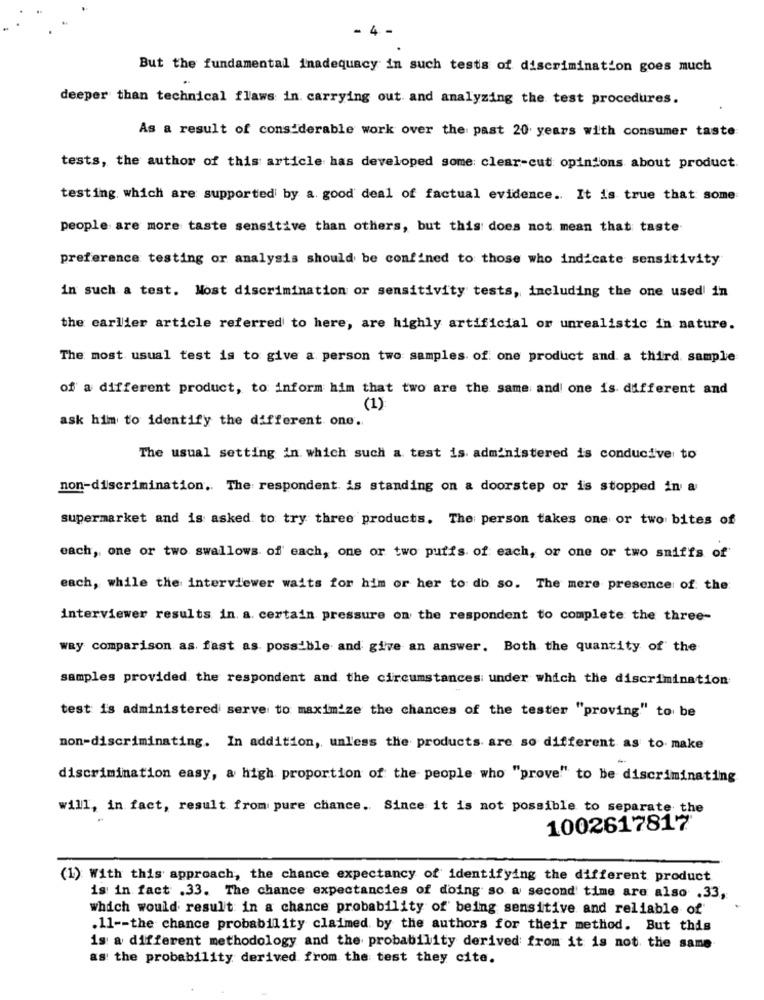
- 4 -
But the fundamental inadequacy in such tests of discrimination goes much
deeper than technical flaws in carrying out and analyzing the test procedures.
As a result of considerable work over the past 20 years with consumer taste
tests, the author of this article has developed some clear-cut opinions about product.
testing, which are supported by a good deal of factual evidence. It is true that some
people are more taste sensitive than others, but this does not mean that taste
preference testing or analysis should be confined to those who indicate sensitivity
in such a test. Most discrimination or sensitivity tests, including the one used in
the carlier article referred to here, are highly artificial or unrealistic in nature.
The most usual test is to give a person two: samples of one product and a third sample
of a different product, to inform him that two are the same and one is different and
(1)
ask him to identify the different one.
The usual setting in which such a test is administered is conducive to
non-discrimination. The respondent is standing on a doorstep or is stopped in a
supermarket and is asked to try three products. The person takes one or two bites of
each, one or two swallows of each, one or two puffs of each, or one or two sniffs of
each, while the interviewer waits for him or her to do so. The mere presence of the:
interviewer results in a. certain pressure on the respondent to complete the three-
way comparison as fast as possible and give an answer. Both the quantity of the
samples provided the respondent and the circumstances under which the discrimination
test is administered serve to maximize the chances of the tester "proving" to be
non-discriminating. In addition, unless the products are so different as to make
discrimination easy, a high proportion of the people who "prove" to be discriminating
will, in fact, result from pure chance. Since it is not possible to separate the
1002617817
(1) With this approach, the chance expectancy of identifying the different product
is in fact .33. The chance expectancies of doing so a second time are also .33,
which would result in a chance probability of being sensitive and reliable of
.11 -- the chance probability claimed by the authors for their method. But this
is a different methodology and the probability derived from it is not the same
as the probability derived from the test they cite.